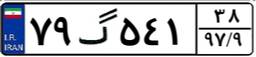
۸۵گ۷۶۶۰۱